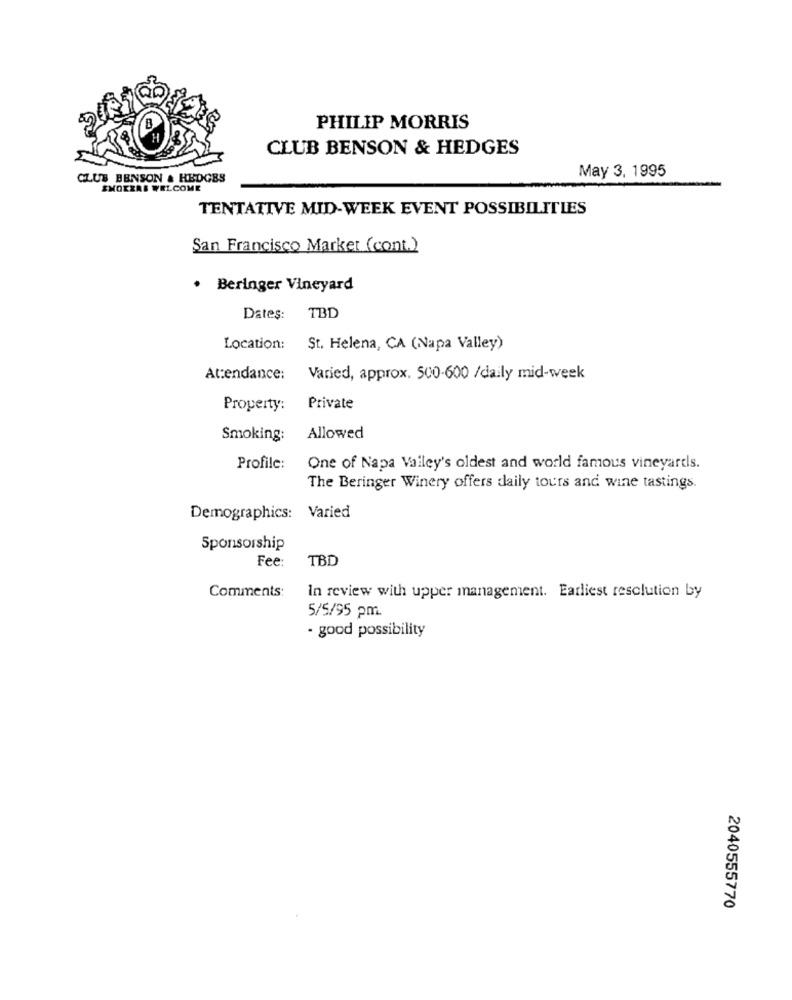
B
PHILIP MORRIS
H
CLUB BENSON & HEDGES
May 3, 1995
CLUB BENSON & HEDGES
SMOKERS WELCOME
TENTATIVE MID-WEEK EVENT POSSIBILITIES
San Francisco Market (cont.)
. Beringer Vineyard
Dates:
TBD
Location:
St. Helena, CA (Napa Valley)
Attendance:
Varied, approx. 500-600 /daily mid-week
Property:
Private
Smoking:
Allowed
Profile:
One of Napa Valley's oldest and world famous vineyards.
The Beringer Winery offers daily tours and wine tastings.
Demographics: Varied
Sponsorship
TBD
Fee:
Comments:
In review with upper management. Earliest resolution by
5/5/95 pm.
· good possibility
2040555770